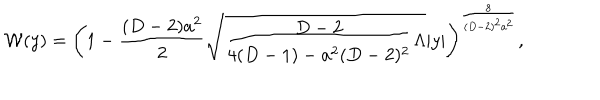
{ \cal W } ( y ) = \left( 1 - { \frac { ( D - 2 ) a ^ { 2 } } { 2 } } \sqrt { { \frac { D - 2 } { 4 ( D - 1 ) - a ^ { 2 } ( D - 2 ) ^ { 2 } } } \Lambda } | y | \right) ^ { \frac { 8 } { ( D - 2 ) ^ { 2 } a ^ { 2 } } } ,